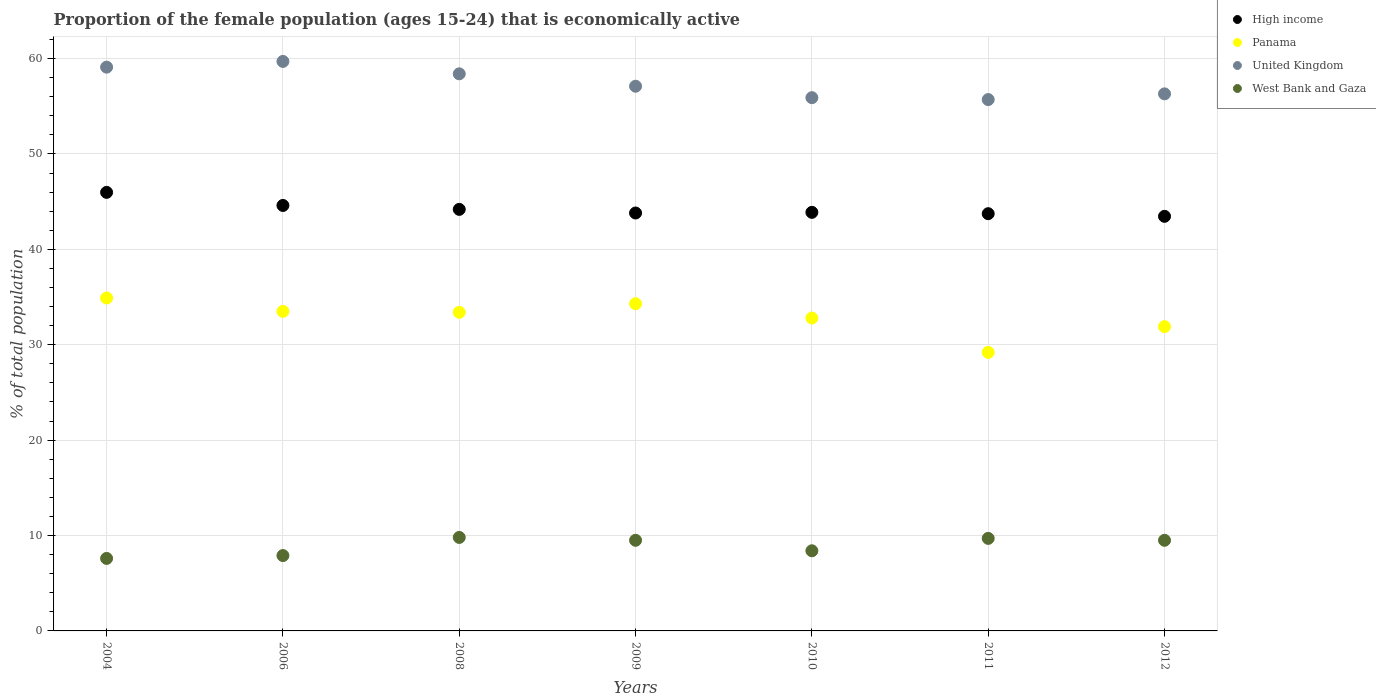
| Years | High income | Panama | United Kingdom | West Bank and Gaza |
 | --- | --- | --- | --- | --- |
 | 2004 | 46 | 34.9 | 59.1 | 7.6 |
 | 2006 | 44.6 | 33.5 | 59.7 | 7.9 |
 | 2008 | 44.2 | 33.4 | 58.4 | 9.8 |
 | 2009 | 43.8 | 34.3 | 57.1 | 9.5 |
 | 2010 | 43.9 | 32.8 | 55.9 | 8.4 |
 | 2011 | 43.7 | 29.2 | 55.7 | 9.7 |
 | 2012 | 43.5 | 31.9 | 56.3 | 9.5 |